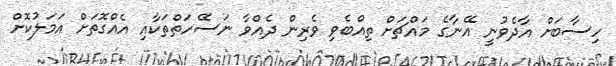
ހިސާބަށް އާދެވުނީ އޭނާގެ މައްޗަށް ތިއްބެވި ވެރިން ދެއްވާ ނަސޭހަތްތަކާއި އެއްގޮތަށް އަމަލުކޮށް